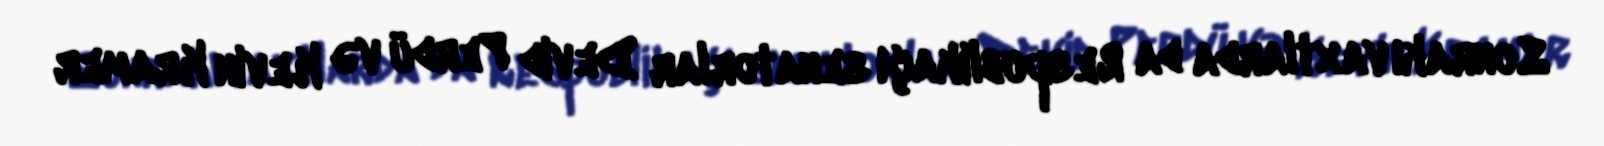
Sonrakı vaxtlarda da Respublikaçı senatorlar Devid Perdü və Kevin Kramer